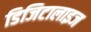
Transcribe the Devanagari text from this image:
डिजिटालाइज